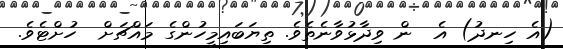
(އެ ހިނދު) އެ  ން ވިދާޅުވާނެތެވެ. ތިޔަބައިމީހުންގެ މައްޗަށް  ހުށްޓެވެ.